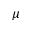
\mu